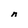
Character: n